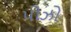
પોઝો